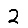
Digit: 2